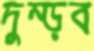
দুম্‌ড়ব